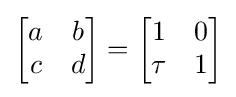
{\begin{bmatrix}a&b\\c&d\end{bmatrix}}={\begin{bmatrix}1&0\\\tau &1\end{bmatrix}}